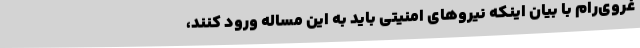
غروی‌رام با بیان اینکه نیروهای امنیتی باید به این مساله ورود کنند،